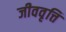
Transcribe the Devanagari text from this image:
जीववृत्ति